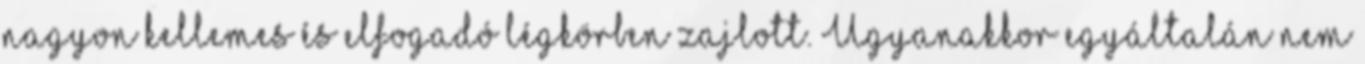
nagyon kellemes és elfogadó légkörben zajlott. Ugyanakkor egyáltalán nem